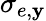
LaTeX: \sigma_{e,\mathbf{y}}